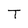
Character: T